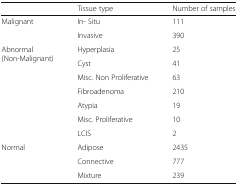
|  | Tissue type | Number of samples |
 | --- | --- | --- |
 | <ROWSPAN=2> Malignant | In- Situ | 111 |
 | Invasive | 390 |
 | <ROWSPAN=7> Abnormal(Non-Malignant) | Hyperplasia | 25 |
 | Cyst | 41 |
 | Misc. Non Proliferative | 63 |
 | Fibroadenoma | 210 |
 | Atypia | 19 |
 | Misc. Proliferative | 10 |
 | LCIS | 2 |
 | <ROWSPAN=3> Normal | Adipose | 2435 |
 | Connective | 777 |
 | Mixture | 239 |